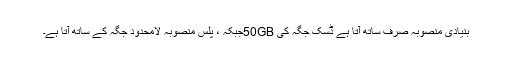
بنیادی منصوبہ صرف ساتھ آتا ہے ڈسک جگہ کی 50GBجبکہ ، پلس منصوبہ لامحدود جگہ کے ساتھ آتا ہے۔